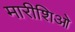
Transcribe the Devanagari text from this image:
मारीशिओ